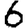
Digit: 6